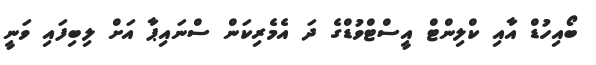
ބޯއިހުޑް އާއި ކްލިންޓް އީސްޓްވުޑްގެ ދަ އެމެރިކަން ސްނައިޕާ އަށް ލިބިފައި ވަނީ